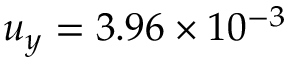
u _ { y } = 3 . 9 6 \times 1 0 ^ { - 3 }